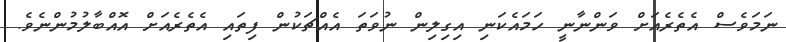
ނަމަވެސް އެތެރެއަށް ވަންނާނީ ހަމައެކަނި އިގިލިން ނުވަތަ އެއްޗަކުން ފިތައި އެތެރެއަށް އޮއްބާލުމުންނެވެ.